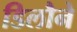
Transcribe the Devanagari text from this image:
डिलौने